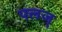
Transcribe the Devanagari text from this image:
पलज्